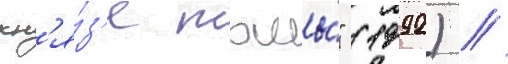
кн'я́з'я тьмы́" (1992) /